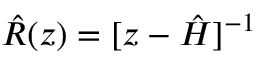
\hat { R } ( z ) = [ z - \hat { H } ] ^ { - 1 }